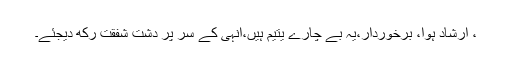
، ارشاد ہوا، برخوردار،یہ بے چارے یتیم ہیں،انہی کے سر پر دشت شفقت رکھ دیجئے۔